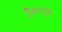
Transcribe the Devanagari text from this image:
९०५२